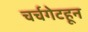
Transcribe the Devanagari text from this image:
चर्चगेटहून